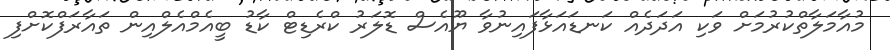
މުއާމަލާތްކުރުމަށް ވަކި އަދަދެއް ކަނޑައަޅާފައިނުވާ ޔޫއެސް ޑޮލަރު ކްރެޑިޓް ކާޑު ބީއެމްއެލްއިން ތައާރަފްކޮށްފި